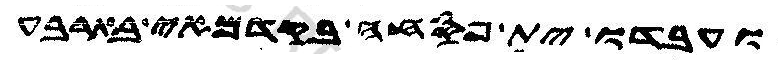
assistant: ועבדו ית פסחה בקדמאי בארבע